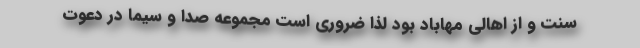
سنت و از اهالی مهاباد بود لذا ضروری است مجموعه صدا و سیما در دعوت